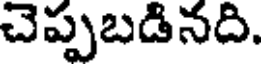
చెప్పబడినది.